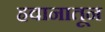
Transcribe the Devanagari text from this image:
हवानातून